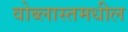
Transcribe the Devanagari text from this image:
वोब्लास्तमधील